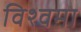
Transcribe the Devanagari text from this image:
विश्वमा